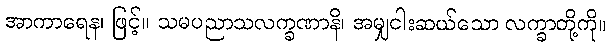
အာကာရေန၊ ဖြင့်။ သမပညာသလက္ခဏာနိ၊ အမျှငါးဆယ်သော လက္ခာတို့ကို။